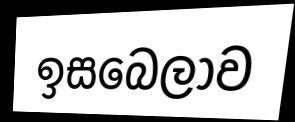
ඉසබෙලාව